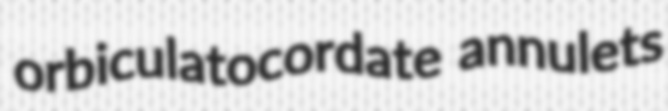
orbiculatocordate annulets